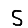
Digit: 5